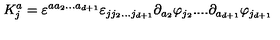
K _ { j } ^ { a } = \varepsilon ^ { a a _ { 2 } . . . a _ { d + 1 } } \varepsilon _ { j j _ { 2 } . . . j _ { d + 1 } } \partial _ { a _ { 2 } } \varphi _ { j _ { 2 } } . . . . \partial _ { a _ { d + 1 } } \varphi _ { j _ { d + 1 } }